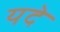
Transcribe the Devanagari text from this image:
यदे